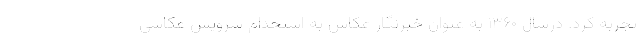
تجربه کرد. درسال ۱۳۶۰ به عنوان خبرنگار عکاس به استخدام سرویس عکاسی